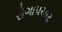
રોગાપચાર